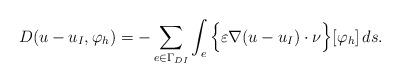
LaTeX: \begin{align*}D(u - u_I, \varphi_h)& =- \sum_{e \in \Gamma_{DI}}\int_e \Big\{\varepsilon \nabla ( u - u_I ) \cdot \nu \Big\} [\varphi_h]\, ds.\end{align*}